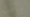
ماهي